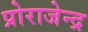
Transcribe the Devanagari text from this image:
प्रोराजेन्द्र